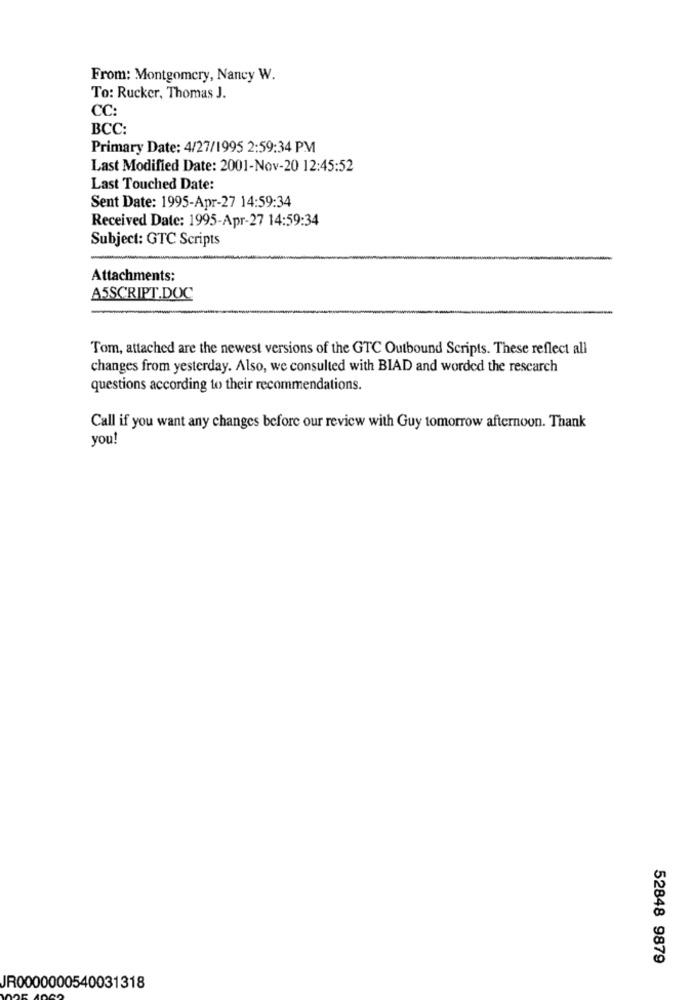
From: Montgomery, Nancy W.
To: Rucker, Thomas J.
CC:
BCC:
Primary Date: 4/27/1995 2:59:34 PM
Last Modified Date: 2001-Nov-20 12:45:52
Last Touched Date:
Sent Date: 1995-Apr-27 14:59:34
Received Date: 1995-Apr-27 14:59:34
Subject: GTC Scripts
Attachments:
A5SCRIPT.DOC
Tom, attached are the newest versions of the GTC Outbound Scripts. These reflect all
changes from yesterday. Also, we consulted with BIAD and worded the research
questions according to their recommendations.
Call if you want any changes before our review with Guy tomorrow afternoon. Thank
you!
52848 9879
JR0000000540031318